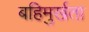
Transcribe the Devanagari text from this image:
बहिमुर्खता